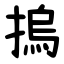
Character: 摀